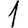
Digit: 1